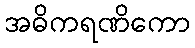
အဓိကရဏိကော